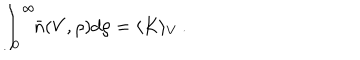
\int _ { 0 } ^ { \infty } \! \! \bar { n } ( V , \rho ) d \rho = \langle K \rangle _ { V } \, .